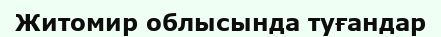
Житомир облысында туғандар